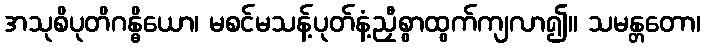
အသုစိပုတိဂန္ဓိယော၊ မစင်မသန့်ပုတ်နံ့ညှီစွာထွက်ကျလာ၍။ သမန္တတော၊